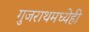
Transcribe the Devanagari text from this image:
गुजराथमध्येही